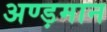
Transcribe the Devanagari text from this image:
अण्ड़मान